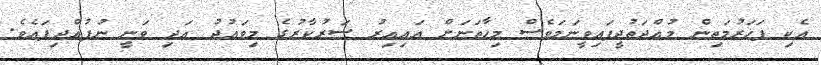
އެކި ފަހަރުމަތިން މުއްދަތުދީފައިވީނަމަވެސް މިހާތަނަށް އައިއިރު ސަރުކާރުގެ މިވައުދު އަދި ވަނީ ނުފުއްދިފައެވެ.